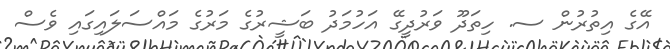
އޭގެ އިތުރުން ސ. ހިތަދޫ ވަރުދީގޭ އަހުމަދު ބަޝީރުގެ މަރުގެ މައްސަލައިގައި ވެސް